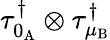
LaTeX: \tau_{0_{\mathrm{A}}}^{\dagger}\otimes\tau_{\mu_{\mathrm{B}}}^{\dagger}